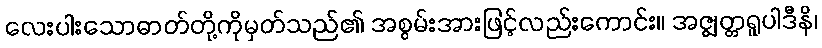
လေးပါးသောဓာတ်တို့ကိုမှတ်သည်၏ အစွမ်းအားဖြင့်လည်းကောင်း။ အဇ္ဈတ္တရူပါဒီနိ၊